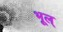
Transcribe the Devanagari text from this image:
भूल्